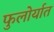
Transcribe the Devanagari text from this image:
फुलोर्यात